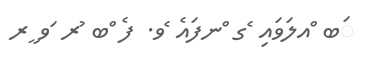
ަބ ްއލަވައި ެގ ްނފައެ ެވ. ފެ ްބ ުރ ަވ ީރ